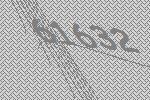
61632